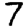
Digit: 7